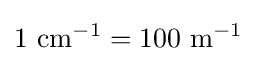
1~\mathrm {cm} ^{-1}=100~\mathrm {m} ^{-1}